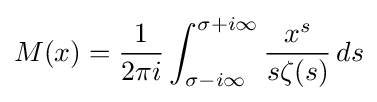
M(x)={\frac {1}{2\pi i}}\int _{\sigma -i\infty }^{\sigma +i\infty }{\frac {x^{s}}{s\zeta (s)}}\,ds